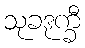
သုခဒုက္ခီ